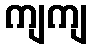
ကျကျ